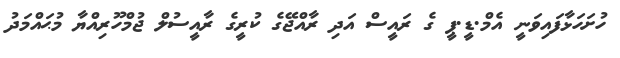
ހުށަހަޅާފައިވަނީ އެމް.ޑީ.ޕީ ގެ ރައީސް އަދި ރާއްޖޭގެ ކުރީގެ ރާއީސުލް ޖުމްހޫރިއްޔާ މުޙައްމަދު